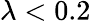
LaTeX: \lambda<0.2